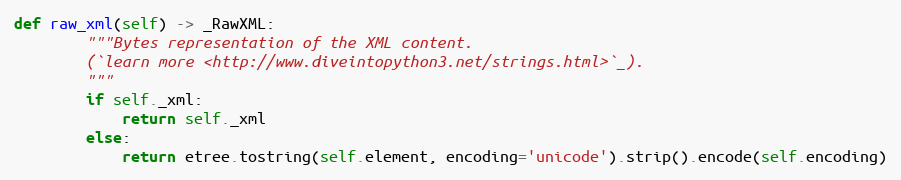
Language: Python
def raw_xml(self) -> _RawXML:
        """Bytes representation of the XML content.
        (`learn more <http://www.diveintopython3.net/strings.html>`_).
        """
        if self._xml:
            return self._xml
        else:
            return etree.tostring(self.element, encoding='unicode').strip().encode(self.encoding)